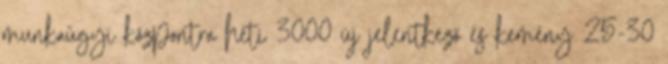
munkaügyi központra heti 3000 új jelentkező és kemény 25-30